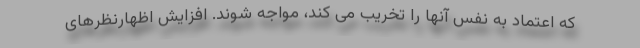
که اعتماد به نفس آنها را تخریب می کند، مواجه شوند. افزایش اظهارنظرهای